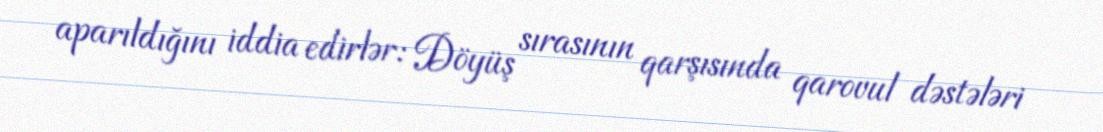
aparıldığını iddia edirlər: Döyüş sırasının qarşısında qarovul dəstələri